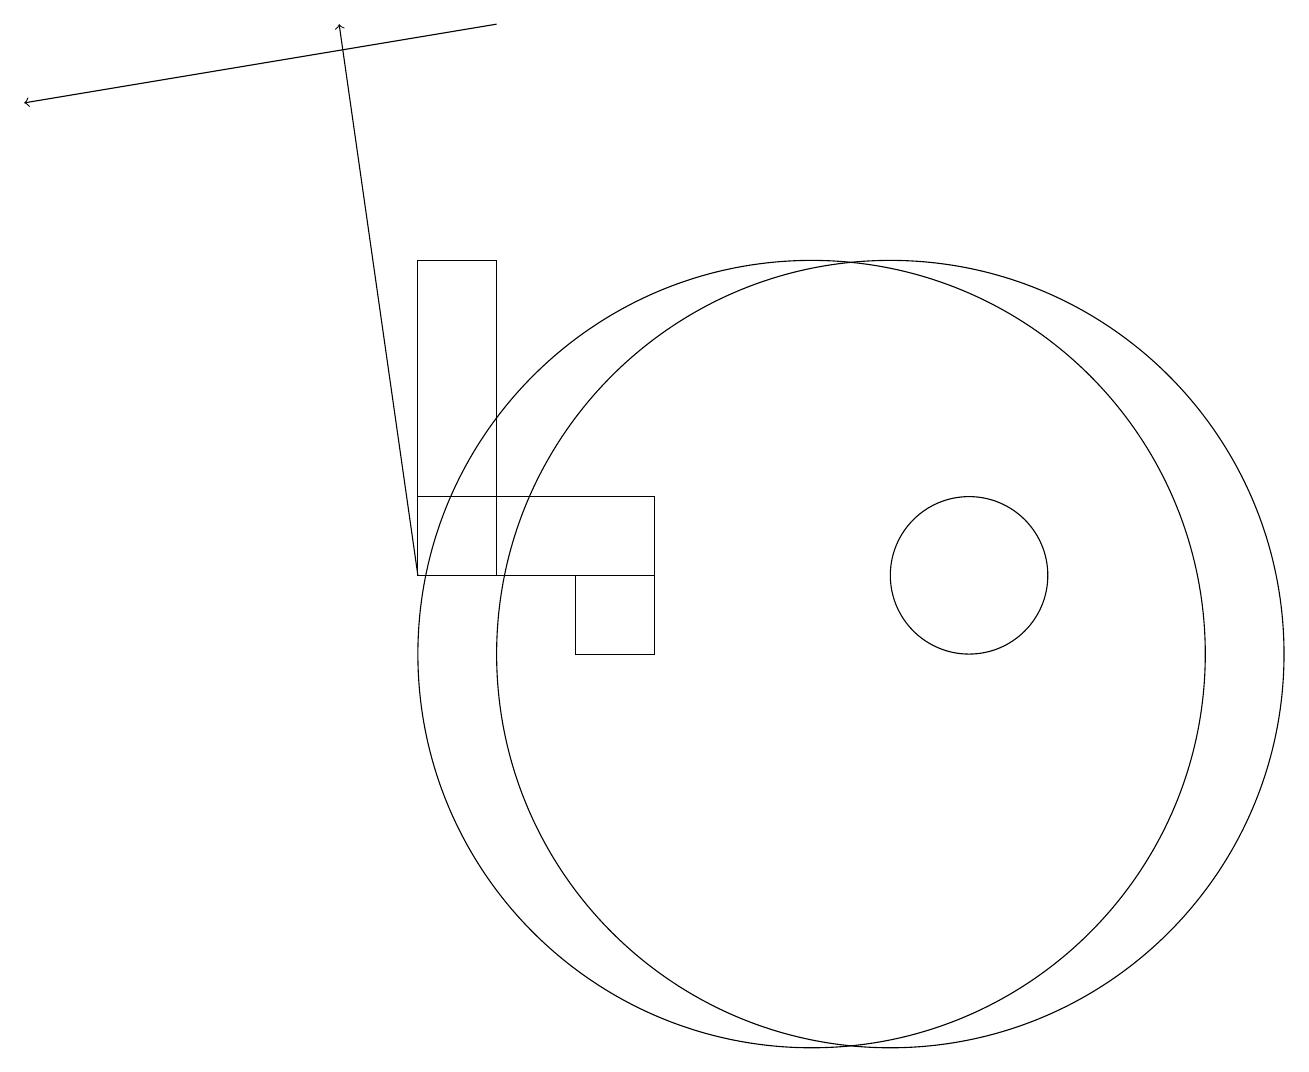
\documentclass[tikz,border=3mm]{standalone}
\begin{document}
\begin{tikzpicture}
\draw (12,12) circle (1);
\draw (7,12) rectangle (8,11);
\draw (5,12) rectangle (8,13);
\draw[->] (6,19) -- (0,18);
\draw[->] (5,12) -- (4,19);
\draw (10,11) circle (5);
\draw (11,11) circle (5);
\draw (6,16) rectangle (5,12);
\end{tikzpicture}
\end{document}